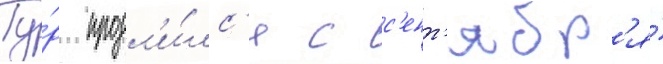
Ту́р продл'и́лс'я с с'ент'ябр'я́